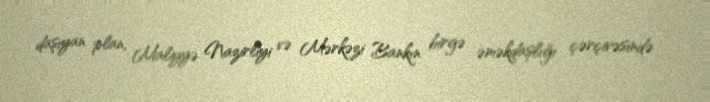
daşıyan plan, Maliyyə Nazirliyi və Mərkəzi Bankın birgə əməkdaşlığı çərçivəsində